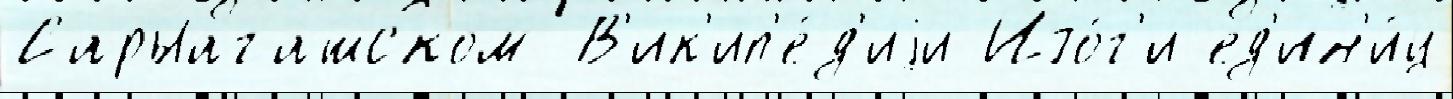
Сарыагашском В'ик'ип'е́д'иjи Ито́г'и ед'ин'и́ц